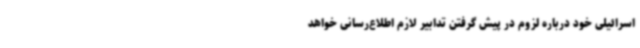
اسرائیلی خود درباره لزوم در پیش گرفتن تدابیر لازم اطلاع‌رسانی خواهد